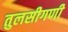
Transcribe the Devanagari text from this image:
तुलसीगणी